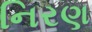
નિરણ